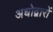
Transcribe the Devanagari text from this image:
अधोद्वारों